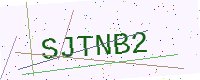
Text: SJTNB2